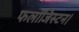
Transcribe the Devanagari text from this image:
फलॉजिस्टन।